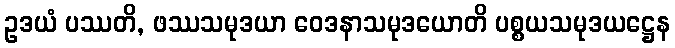
ဥဒယံ ပဿတိ, ဖဿသမုဒယာ ဝေဒနာသမုဒယောတိ ပစ္စယသမုဒယဋ္ဌေန